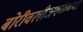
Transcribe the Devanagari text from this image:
बोरीवलीजवळच्या